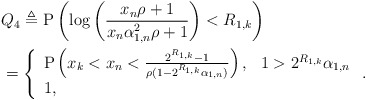
\begin{align*} &Q_4\triangleq \mathrm{P}\left( \log\left( \frac{x_n\rho+1}{ x_n \alpha_{1,n}^2\rho + 1}\right) <R_{1,k} \right) \\ & =\left\{\begin{array}{ll} \mathrm{P}\left( x_k<x_n<\frac{2^{R_{1,k}}-1}{\rho(1-2^{R_{1,k}}\alpha_{1,n})} \right), & 1>2^{R_{1,k}}\alpha_{1,n}\\ 1, & \end{array}\right..\end{align*}